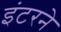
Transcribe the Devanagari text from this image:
इंटरने